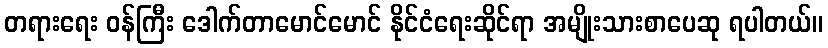
တရားရေး ဝန်ကြီး ဒေါက်တာမောင်မောင် နိုင်ငံရေးဆိုင်ရာ အမျိုးသားစာပေဆု ရပါတယ်။